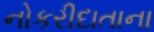
નોકરીદાતાના